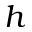
h